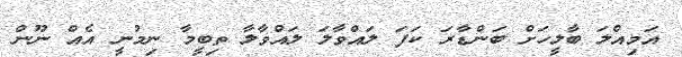
އަމިއްލަ ބާލީހަށް ބަންޑާރަ ކަފަ ލައްވާލަ ލައްވާލާ ތިބީމާ ނިމުނީ އެއް ނޫން